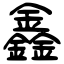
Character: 鑫